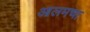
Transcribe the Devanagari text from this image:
आलमचा